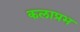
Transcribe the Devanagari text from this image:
कलाप्रभ